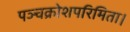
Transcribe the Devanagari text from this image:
पञ्चक्रोशपरिमिता।